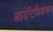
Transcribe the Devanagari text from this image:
आइडेन्टिफिकेशन